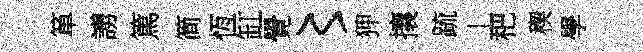
箪謭篤简恆缸覺〻狎攘䟽丄杷稧學